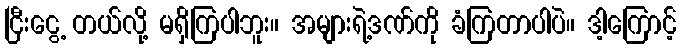
ငြီးငွေ့ တယ်လို့ မရှိကြပါဘူး။ အများရဲ့ဒဏ်ကို ခံကြတာပါပဲ။ ဒါ့ကြောင့်